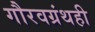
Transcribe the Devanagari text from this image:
गौरवग्रंथही